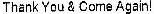
THANK YOU & CORNE AGAIN!